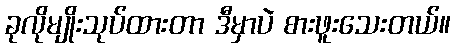
ခုလိုမျိုးသုပ်ထားတာ ဒီမှာပဲ စားဖူးသေးတယ်။